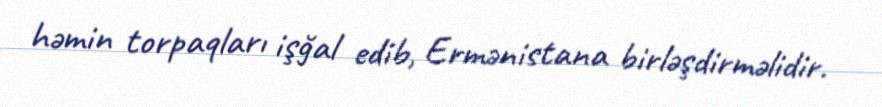
həmin torpaqları işğal edib, Ermənistana birləşdirməlidir.